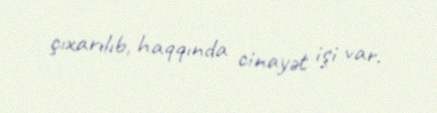
çıxarılıb, haqqında cinayət işi var.